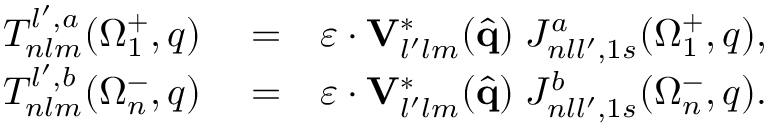
\begin{array} { r l r } { { \cal T } _ { n l m } ^ { l ^ { \prime } , a } ( \Omega _ { 1 } ^ { + } , q ) } & { { } = } & { \boldsymbol { \varepsilon } \cdot \mathbf { V } _ { l ^ { \prime } l m } ^ { * } ( \hat { \mathbf { q } } ) \; { \cal J } _ { n l l ^ { \prime } , 1 s } ^ { a } ( \Omega _ { 1 } ^ { + } , q ) , } \\ { { \cal T } _ { n l m } ^ { l ^ { \prime } , b } ( \Omega _ { n } ^ { - } , q ) } & { { } = } & { \boldsymbol { \varepsilon } \cdot \mathbf { V } _ { l ^ { \prime } l m } ^ { * } ( \hat { \mathbf { q } } ) \; { \cal J } _ { n l l ^ { \prime } , 1 s } ^ { b } ( \Omega _ { n } ^ { - } , q ) . } \end{array}